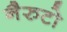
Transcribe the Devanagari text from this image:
नैरुटो